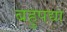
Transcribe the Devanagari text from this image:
बहुपद्या